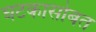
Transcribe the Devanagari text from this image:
घटकासोबत